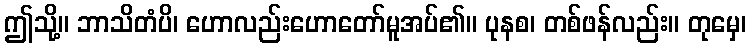
ဤသို့။ ဘာသိတံပိ၊ ဟောလည်းဟောတော်မူအပ်၏။ ပုနစ၊ တစ်ဖန်လည်း။ တုမှေ၊